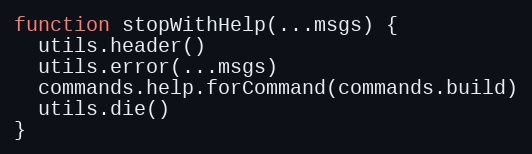
Language: JavaScript
function stopWithHelp(...msgs) {
  utils.header()
  utils.error(...msgs)
  commands.help.forCommand(commands.build)
  utils.die()
}